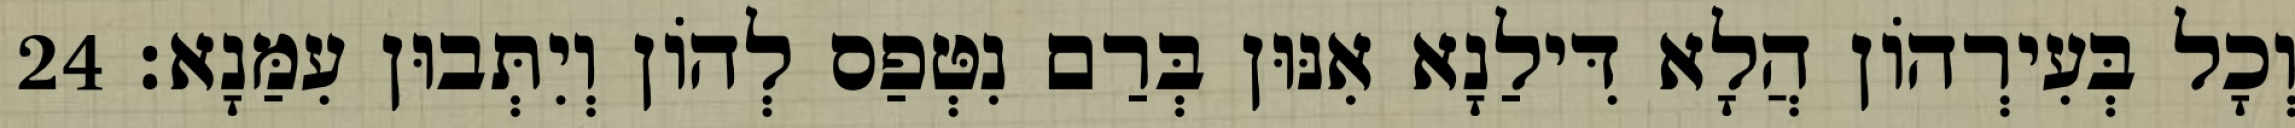
וְכָל בְּעִירְהוֹן הֲלָא דִּילַנָא אִנּוּן בְּרַם נִטְּפַס לְהוֹן וְיִתְּבוּן עִמַּנָא׃ 24